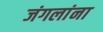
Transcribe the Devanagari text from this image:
जंगलांना